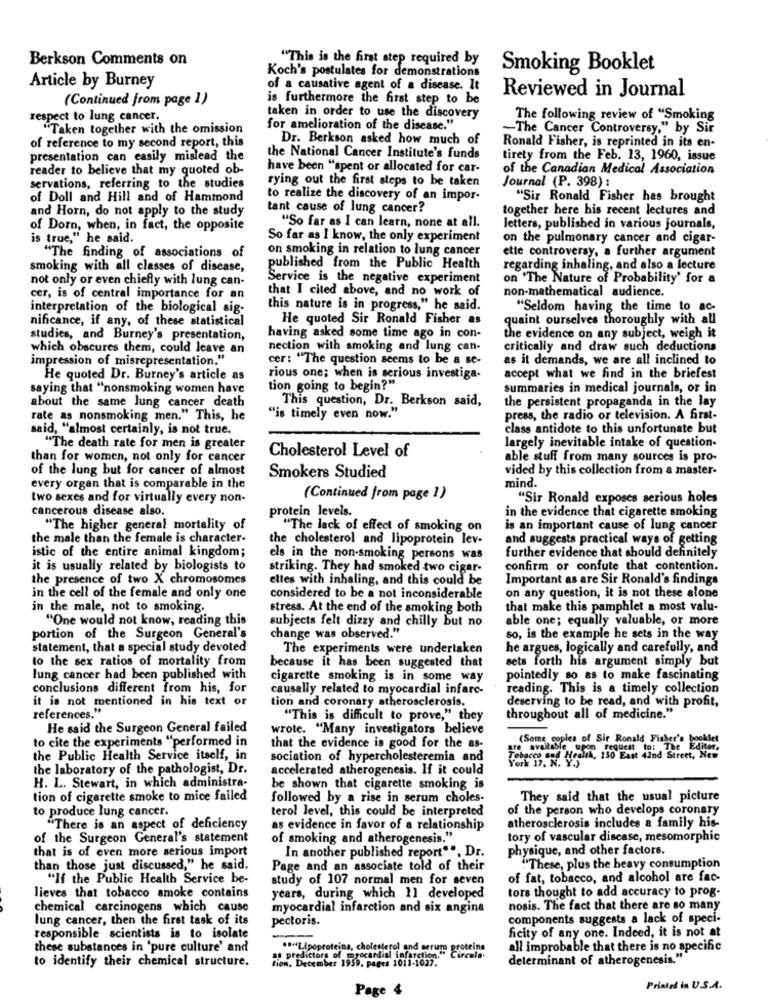
Berkson Comments on
"This is the first step required by
Koch's postulates for demonstrations
Smoking Booklet
Article by Burney
of a causative agent of a disease. It
Reviewed in Journal
(Continued from page 1)
is furthermore the first step to be
respect to lung cancer,
taken in order to use the discovery
The following review of "Smoking
"Taken together with the omission
for amelioration of the disease."
-The Cancer Controversy," by Sir
of reference to my second report, this
Dr. Berkson asked how much of
Ronald Fisher, is reprinted in its en-
presentation can easily mislead the
the National Cancer Institute's funds
tirety from the Feb. 13, 1960, issue
reader to believe that my quoted ob-
have been "spent or allocated for car-
of the Canadian Medical Association
rying out the first steps to be taken
Journal (P. 398):
servations, referring to the studies
of Doll and Hill and of Hammond
to realize the discovery of an impor-
"Sir Ronald Fisher has brought
and Horn, do not apply to the study
tant cause of lung cancer?
together here his recent lectures and
of Dorn, when, in fact, the opposite
"So far as I can learn, none at all.
letters, published in various journals,
is true," he said.
So far as I know, the only experiment
on the pulmonary cancer and cigar-
on smoking in relation to lung cancer
ette controversy, a further argument
"The finding of associations of
smoking with all classes of disease,
published from the Public Health
regarding inhaling, and also a lecture
not only or even chiefly with lung can-
Service is the negative experiment
on "The Nature of Probability' for a
that I cited above, and no work of
non-mathematical audience.
cer, is of central importance for an
interpretation of the biological sig-
this nature is in progress," he said.
"Seldom having the time to ac-
nificance, if any, of these statistical
He quoted Sir Ronald Fisher as
quaint ourselves thoroughly with all
studies, and Burney's presentation,
having asked some time ago in con-
the evidence on any subject, weigh it
which obscures them, could leave an
nection with smoking and lung can-
critically and draw such deductions
impression of misrepresentation."
cer: "The question seems to be a se-
as it demands, we are all inclined to
He quoted Dr. Burney's article as
rious one; when is serious investiga-
accept what we find in the briefest
saying that "nonsmoking women have
tion going to begin?"
summaries in medical journals, or in
This question, Dr. Berkson said,
the persistent propaganda in the lay
about the same lung cancer death
rate as nonsmoking men." This, he
"is timely even now."
press, the radio or television. A first-
said, "almost certainly, is not true,
class antidote to this unfortunate but
"The death rate for men is greater
Cholesterol Level of
largely inevitable intake of question-
than for women, not only for cancer
able stuff from many sources is pro-
of the lung but for cancer of almost
vided by this collection from a master-
Smokers Studied
every organ that is comparable in the
mind.
two sexes and for virtually every non-
(Continued from page 1)
"Sir Ronald exposes serious holes
cancerous disease also.
protein levels.
in the evidence that cigarette smoking
"The higher general mortality of
"The lack of effect of smoking on
is an important cause of lung cancer
the male than the female is character-
the cholesterol and lipoprotein lev-
and suggests practical ways of getting
istic of the entire animal kingdom;
els in the non-smoking persons was
further evidence that should definitely
it is usually related by biologists to
striking. They had smoked two cigar-
confirm or confute that contention.
the presence of two X chromosomes
ettes with inhaling, and this could be
Important as are Sir Ronald's findings
in the cell of the female and only one
considered to be a not inconsiderable
on any question, it is not these alone
in the male, not to smoking.
stress. At the end of the smoking both
that make this pamphlet a most valu-
"One would not know, reading this
subjects felt dizzy and chilly but no
able one; equally valuable, or more
portion of the Surgeon General's
change was observed."
so, is the example he sets in the way
statement, that a special study devoted
The experiments were undertaken
he argues, logically and carefully, and
to the sex ratios of mortality from
sets forth his argument simply but
because it has been suggested that
lung cancer had been published with
cigarette smoking is in some way
pointedly so as to make fascinating
conclusions different from his, for
causally related to myocardial infarc-
reading. This is a timely collection
it is not mentioned in his text or
references."
tion and coronary atherosclerosis.
deserving to be read, and with profit,
"This is difficult to prove," they
throughout all of medicine."
He said the Surgeon General failed
wrote. "Many investigators believe
to cite the experiments "performed in
that the evidence is good for the as-
(Some copies of Sir Ronald Fisher'" Editor,
request to: The
the Public Health Service itself, in
sociation of hypercholesteremia and
Porec19.and Health, 150 East 42nd Street, Now
the laboratory of the pathologist, Dr.
accelerated atherogenesis. If it could
H. L. Stewart, in which administra-
be shown that cigarette smoking is
tion of cigarette smoke to mice failed
followed by a rise in serum choles-
They said that the usual picture
to produce lung cancer.
terol level, this could be interpreted
of the person who develops coronary
atherosclerosis includes a family his-
"There is an aspect of deficiency
as evidence in favor of a relationship
of the Surgeon General's statement
of smoking and atherogenesis."
tory of vascular disease, mesomorphic
In another published report"", Dr.
physique, and other factors.
that is of even more serious import
than those just discussed," he said.
Page and an associate told of their
"These, plus the heavy consumption
"If the Public Health Service be-
study of 107 normal men for seven
of fat, tobacco, and alcohol are fac-
tors thought to add accuracy to prog-
lieves that tobacco smoke contains
years, during which 11 developed
chemical carcinogens which cause
myocardial infarction and six angina
nosis. The fact that there are so many
lung cancer, then the first task of its
pectoris.
components suggests a lack of speci-
ficity of any one. Indeed, it is not at
responsible scientists is to isolate
these substances in 'pure culture' and
.. +Lipoproteins, cholesterol and serum proteins
all improbable that there is no specific
to identify their chemical structure.
tion, December 1959, pages 1011-1027.
ap predictors of myocardial infarction." Circule.
determinant of atherogenesis.""
Page 4
Printed in U.S.A.